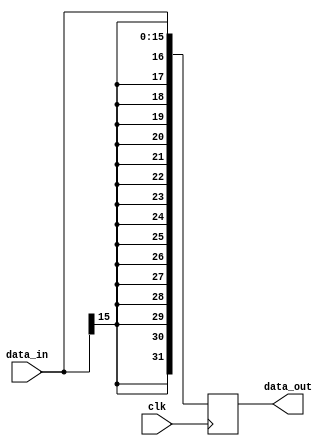
`timescale 1ns / 1ps
//////////////////////////////////////////////////////////////////////////////////
// Company: 
// Engineer: 
// 
// Design Name: 
// Module Name:    Sign_Extend 
// Project Name: 
// Target Devices: 
// Tool versions: 
// Description: 
//
// Dependencies: 
//
// Revision: 
// Revision 0.01 - File Created
// Additional Comments: 
//
//////////////////////////////////////////////////////////////////////////////////
module Sign_Extend( input clk , input [ 15 : 0 ] data_in , output reg [ 31 : 0 ] data_out );
	integer i ;
	always @ ( posedge clk )
	begin
		data_out [ 15 : 0 ] <= data_in ;
		for ( i = 16 ; i < 32 ; i = i + 1 )
		begin
			data_out [ i ] <= data_in [ 15 ] ;
		end
	end
endmodule